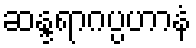
ဆန္ဒရာဂပ္ပဟာနံ